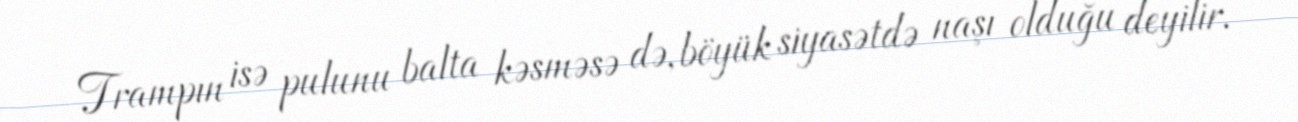
Trampın isə pulunu balta kəsməsə də, böyük siyasətdə naşı olduğu deyilir.